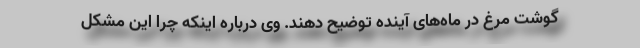
گوشت مرغ در ماه‌های آینده توضیح دهند. وی درباره اینکه چرا این مشکل